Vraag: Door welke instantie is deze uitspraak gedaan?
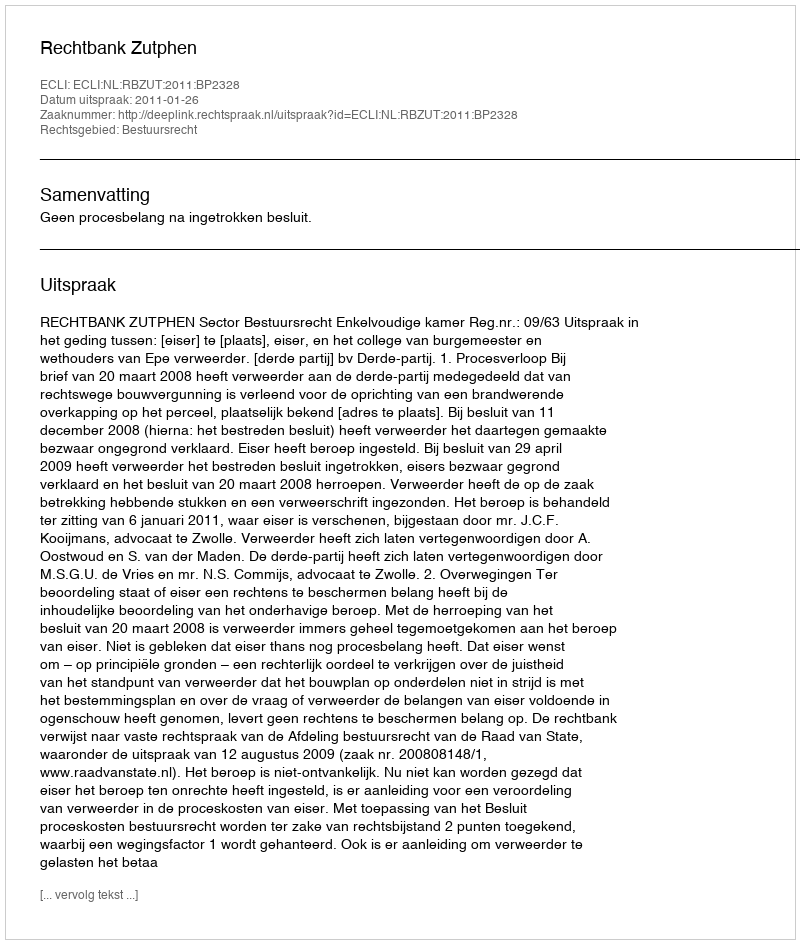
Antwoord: Rechtbank Zutphen